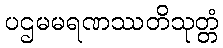
ပဌမမရဏဿတိသုတ္တံ